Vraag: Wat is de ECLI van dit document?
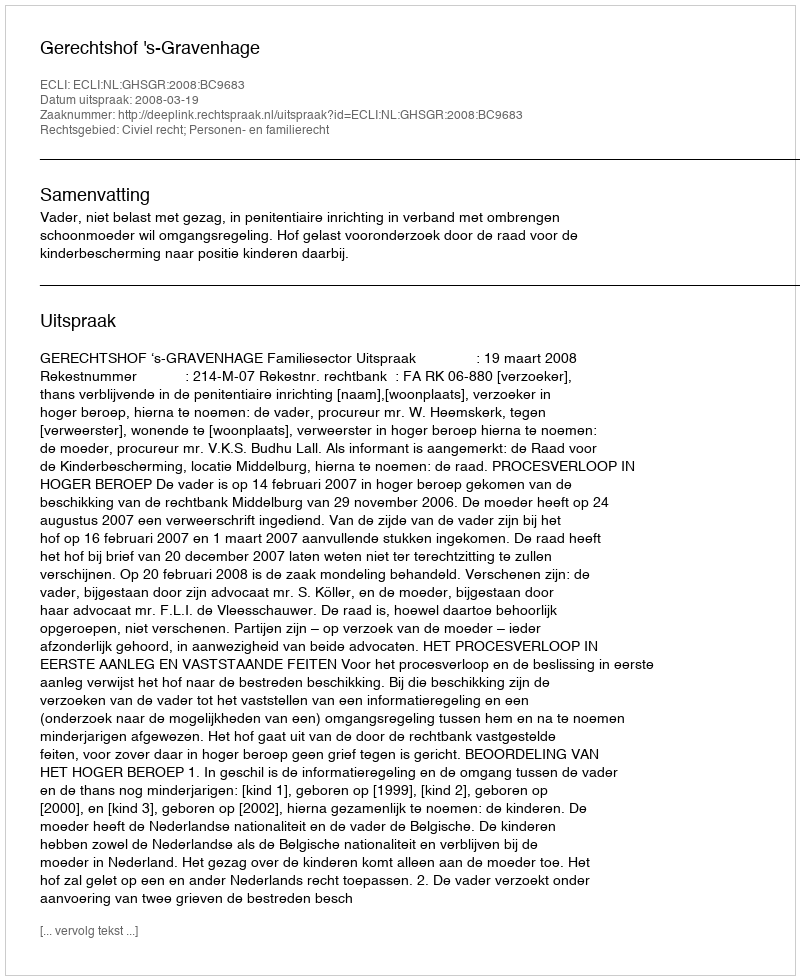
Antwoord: ECLI:NL:GHSGR:2008:BC9683